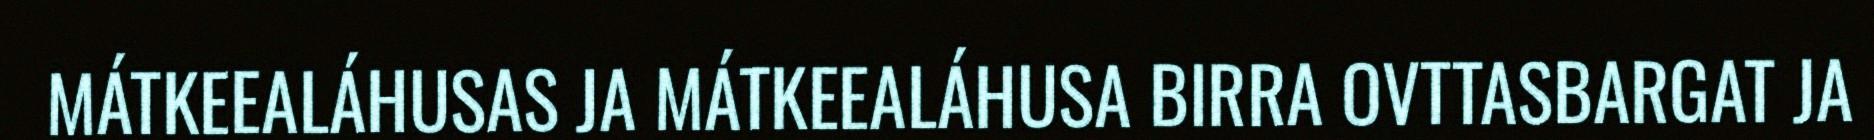
MÁTKEEALÁHUSAS JA MÁTKEEALÁHUSA BIRRA OVTTASBARGAT JA